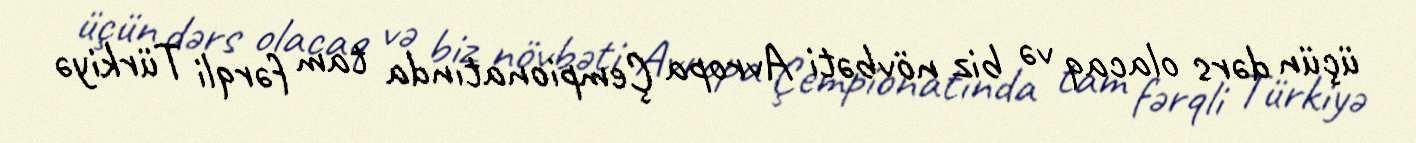
üçün dərs olacaq və biz növbəti Avropa Çempionatında tam fərqli Türkiyə